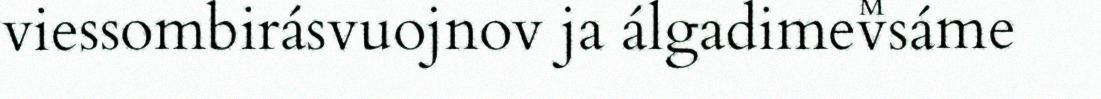
viessombirásvuojnov ja álgadimevsáme